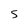
Character: S